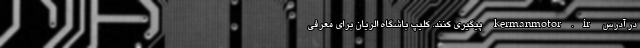
در آدرس kermanmotor.ir پیگیری کنند. کلیپ باشگاه الریان برای معرفی